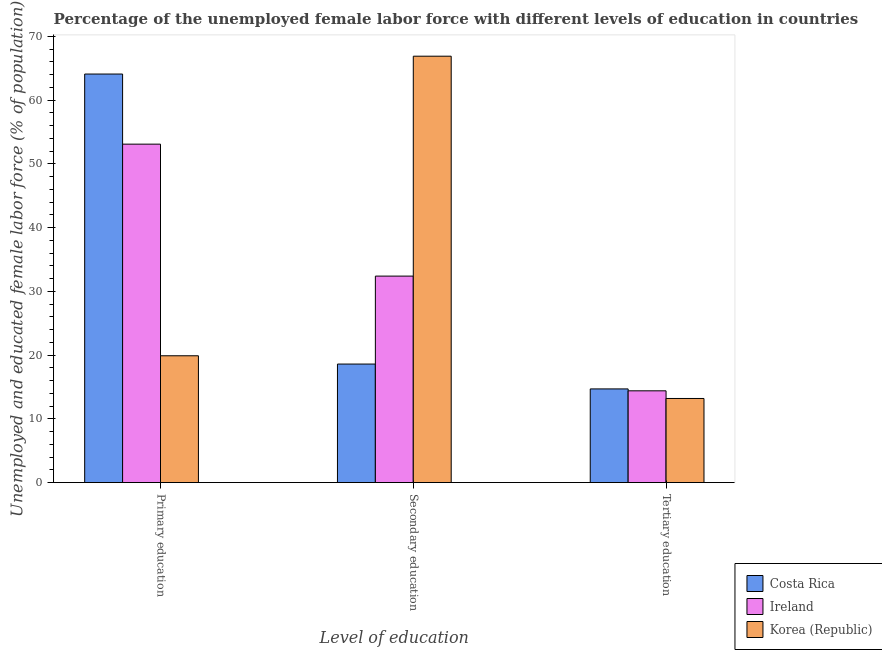
| Level of education | Costa Rica | Ireland | Korea (Republic) |
 | --- | --- | --- | --- |
 | Primary education | 64.1 | 53.1 | 19.9 |
 | Secondary education | 18.6 | 32.4 | 66.9 |
 | Tertiary education | 14.7 | 14.4 | 13.2 |